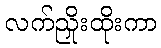
လက်ညှိုးထိုးကာ